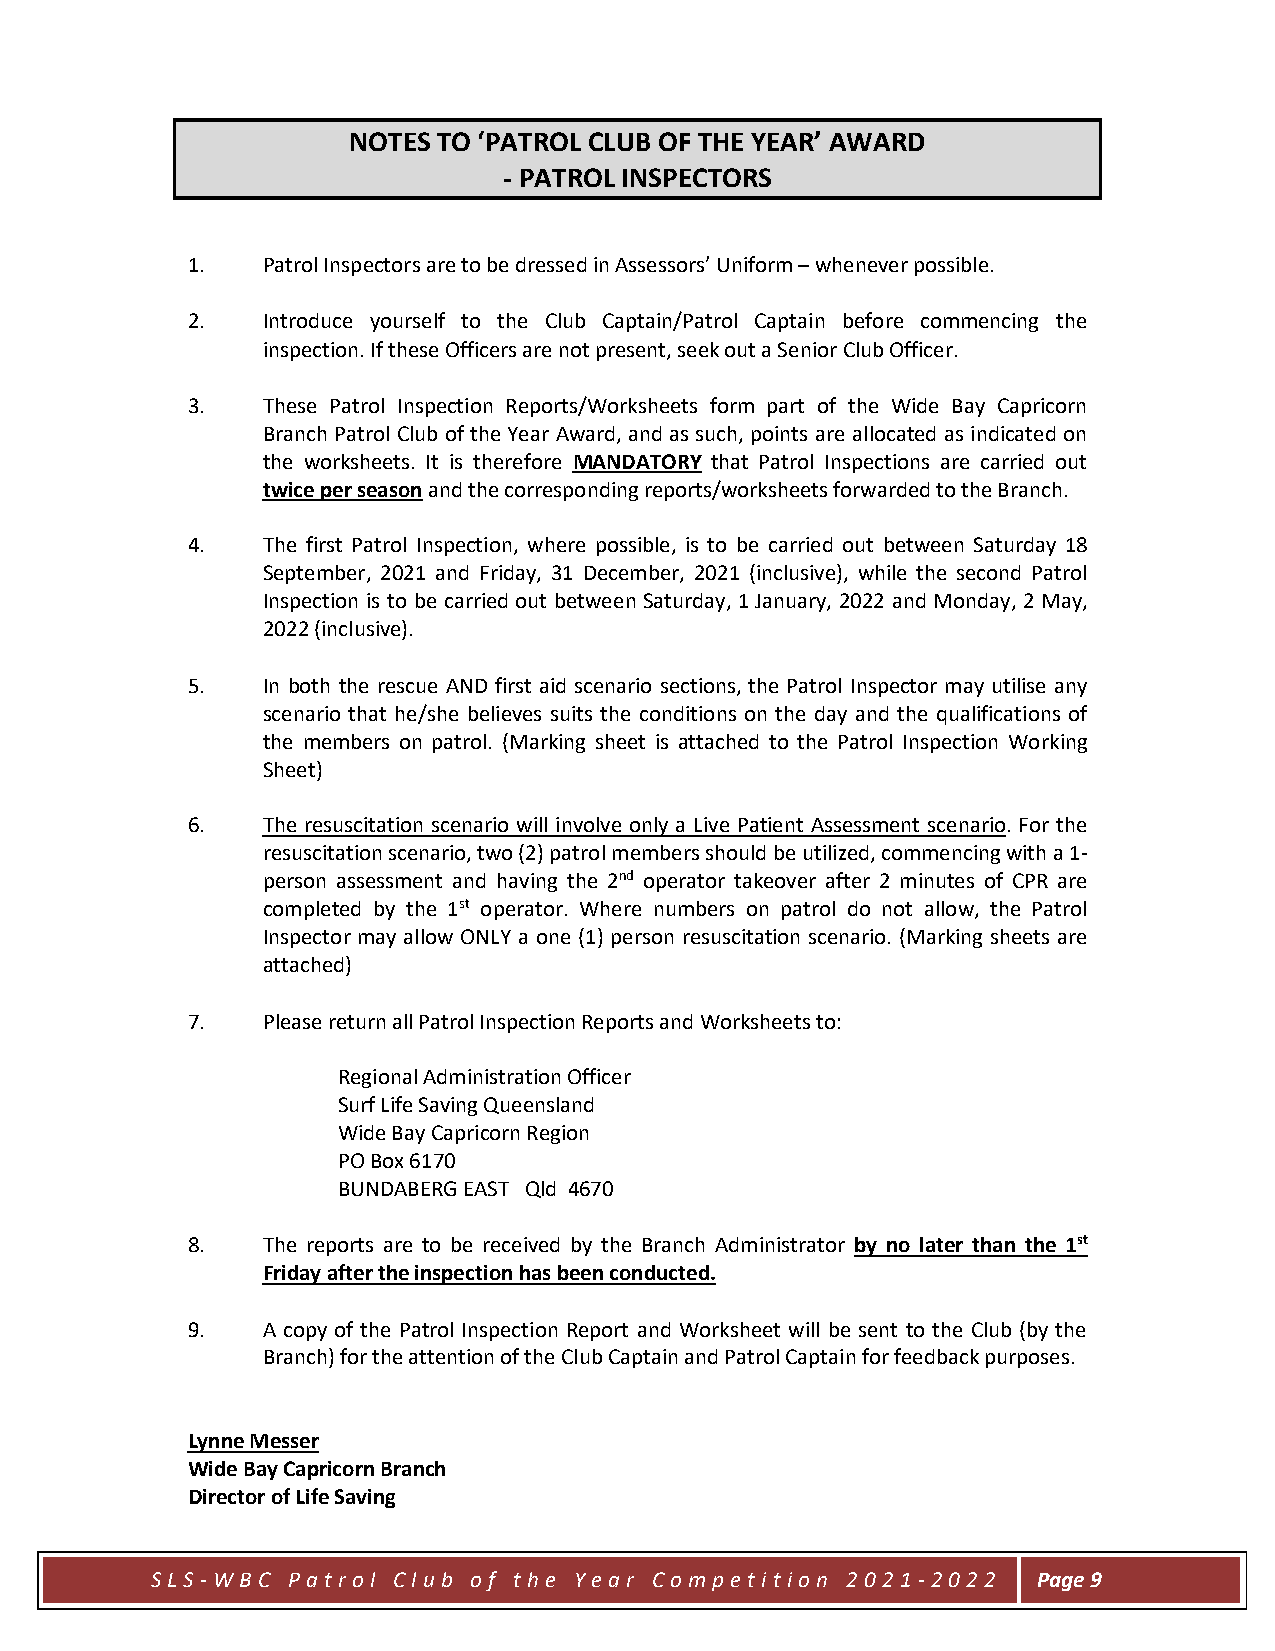
NOTES TO ‘PATROL CLUB OF THE YEAR’ AWARD
 - PATROL INSPECTORS
 1.   Patrol Inspectors are to be dressed in Assessors’ Uniform – whenever possible.
 2.   Introduce yourself to the Club Captain/Patrol Captain before commencing the
 inspection. If these Officers are not present, seek out a Senior Club Officer.
 3.   These Patrol Inspection Reports/Worksheets form part of the Wide Bay Capricorn
 Branch Patrol Club of the Year Award, and as such, points are allocated as indicated on
 the worksheets. It is therefore MANDATORY that Patrol Inspections are carried out
 twice per season and the corresponding reports/worksheets forwarded to the Branch.
 4.   The first Patrol Inspection, where possible, is to be carried out between Saturday 18
 September, 2021 and Friday, 31 December, 2021 (inclusive), while the second Patrol
 Inspection is to be carried out between Saturday, 1 January, 2022 and Monday, 2 May,
 2022 (inclusive).
 5.   In both the rescue AND first aid scenario sections, the Patrol Inspector may utilise any
 scenario that he/she believes suits the conditions on the day and the qualifications of
 the members on patrol. (Marking sheet is attached to the Patrol Inspection Working
 Sheet)
 6.   The resuscitation scenario will involve only a Live Patient Assessment scenario. For the
 resuscitation scenario, two (2) patrol members should be utilized, commencing with a 1-
 person assessment and having the 2nd operator takeover after 2 minutes of CPR are
 completed by the 1st operator. Where numbers on patrol do not allow, the Patrol
 Inspector may allow ONLY a one (1) person resuscitation scenario. (Marking sheets are
 attached)
 7.   Please return all Patrol Inspection Reports and Worksheets to:
 Regional Administration Officer
 Surf Life Saving Queensland
 Wide Bay Capricorn Region
 PO Box 6170
 BUNDABERG EAST Qld 4670
 8.   The reports are to be received by the Branch Administrator by no later than the 1st
 Friday after the inspection has been conducted.
 9.   A copy of the Patrol Inspection Report and Worksheet will be sent to the Club (by the
 Branch) for the attention of the Club Captain and Patrol Captain for feedback purposes.
 Lynne Messer
 Wide Bay Capricorn Branch
 Director of Life Saving
 S LS -W BC P atr ol C lub of t he Y ear Com pet it ion 202 1 -2 02 2 Page 9